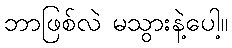
ဘာဖြစ်လဲ မသွားနဲ့ပေါ့။